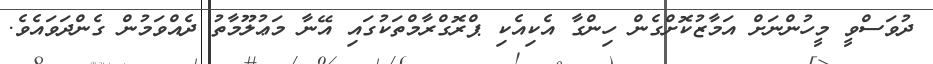
ދުވަސްވީ މީހުންނަށް އަމާޒުކޮށްގެން ހިންގާ އެކިއެކި ޕްރޮގްރާމްތަކުގައި އޭނާ މަޢުލޫމާތު ދެއްވަމުން ގެންދަވައެވެ.